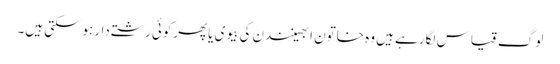
لوگ قیاس لگارہے ہیں وہ خاتون ابھینندن کی بیوی یاپھرکوئی رشتے دارہوسکتی ہیں۔